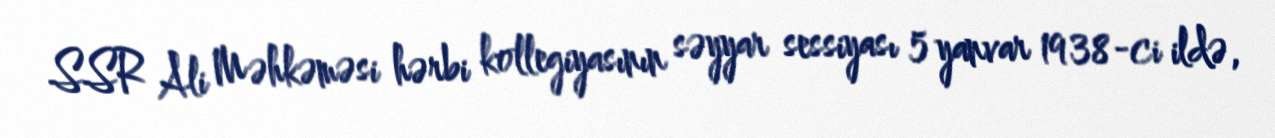
SSR Ali Məhkəməsi hərbi kollegiyasının səyyar sessiyası 5 yanvar 1938-ci ildə,